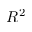
R ^ { 2 }